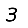
Digit: 3